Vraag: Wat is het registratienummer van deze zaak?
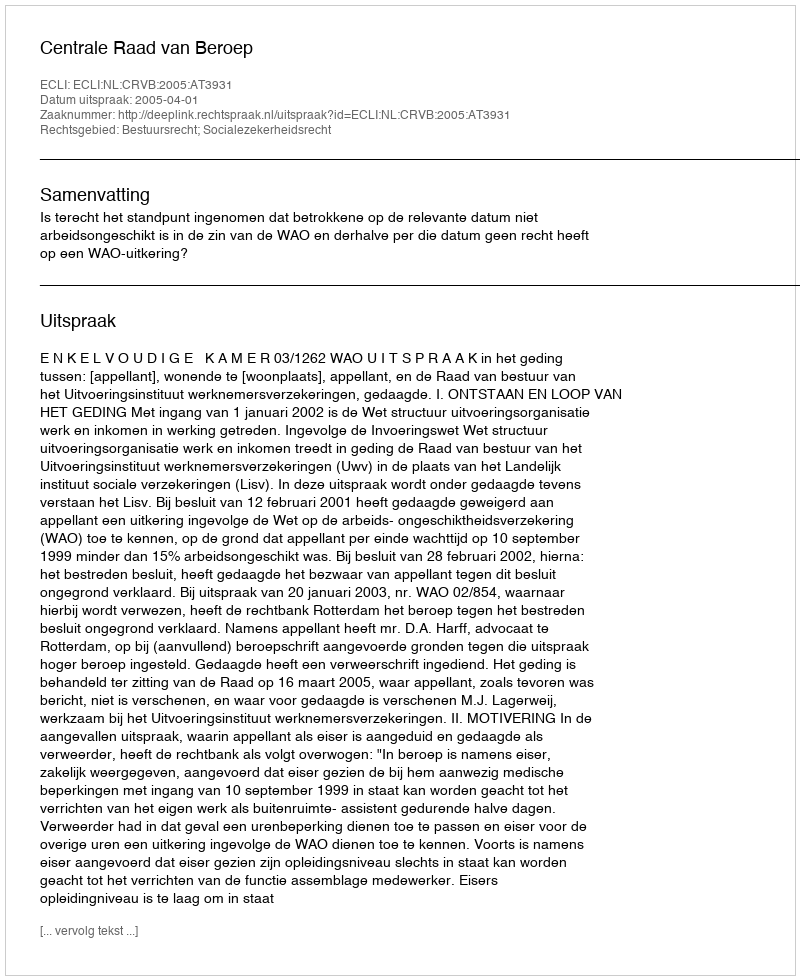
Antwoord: http://deeplink.rechtspraak.nl/uitspraak?id=ECLI:NL:CRVB:2005:AT3931